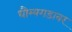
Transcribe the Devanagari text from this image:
धौम्यगडावर